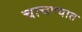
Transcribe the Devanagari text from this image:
चाचण्यात